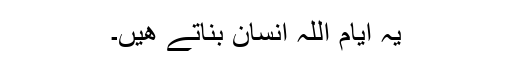
یہ ایام اللہ انسان بناتے هیں۔